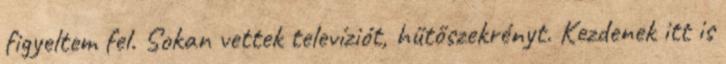
figyeltem fel. Sokan vettek televíziót, hűtőszekrényt. Kezdenek itt is